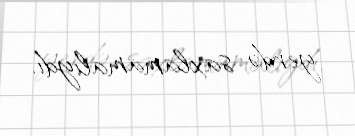
yerdə saxlamamalıydı.